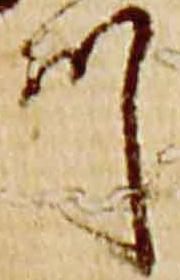
川